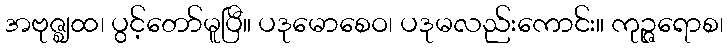
အဗုဇ္ဈထ၊ ပွင့်တော်မူပြီ။ ပဒုမောစေဝ၊ ပဒုမလည်းကောင်း။ ကုဉ္ဇရောစ၊